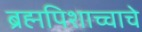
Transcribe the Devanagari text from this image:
ब्रह्मपिशाच्चाचे